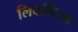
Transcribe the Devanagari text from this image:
लिबर्लिज्म